Plague in India, 1896, 1897 - Volume 2
Year: 1896
Disease focus: Plague
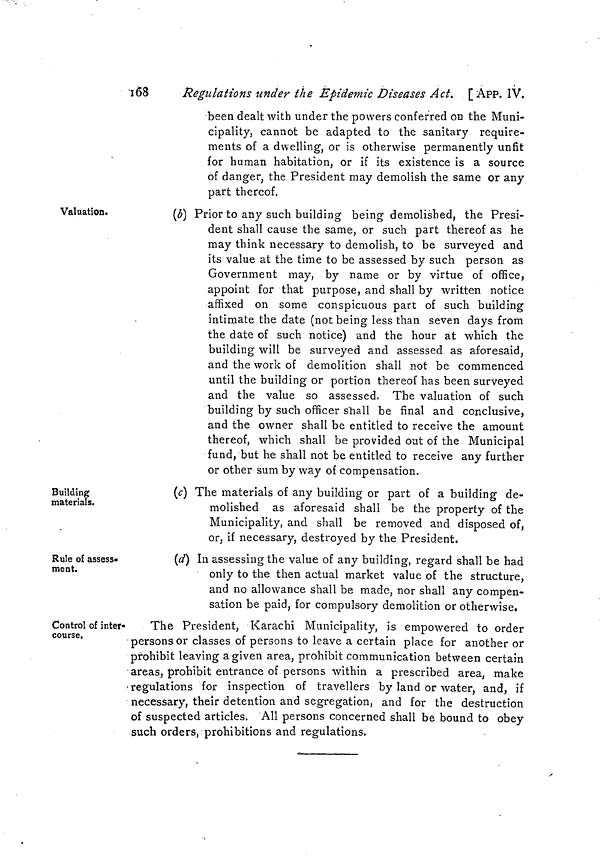
168
Regulations under the Epidemic Diseases Act. [ APP. IV.
been dealt with under the powers conferred on the Muni-
cipality, cannot be adapted to the sanitary require-
ments of a dwelling, or is otherwise permanently unfit
for human habitation, or if its existence is a source
of danger, the President may demolish the same or any
part thereof.
Valuation.
(b) Prior to any such building being demolished, the Presi-
dent shall cause the same, or such part thereof as he
may think necessary to demolish, to be surveyed and
its value at the time to be assessed by such person as
Government may, by name or by virtue of office,
appoint for that purpose, and shall by written notice
affixed on some conspicuous part of such building
intimate the date (not being less than seven days from
the date of such notice) and the hour at which the
building will be surveyed and assessed as aforesaid,
and the work of demolition shall not be commenced
until the building or portion thereof has been surveyed
and the value so assessed. The valuation of such
building by such officer shall be final and conclusive,
and the owner shall be entitled to receive the amount
thereof, which shall be provided out of the Municipal
fund, but he shall not be entitled to receive any further
or other sum by way of compensation.
Building
materials.
(c) The materials of any building or part of a building de-
molished as aforesaid shall be the property of the
Municipality, and shall be removed and disposed of,
or, if necessary, destroyed by the President.
Rule of assess-
ment.
(d) In assessing the value of any building, regard shall be had
only to the then actual market value of the structure,
and no allowance shall be made, nor shall any compen-
sation be paid, for compulsory demolition or otherwise.
Control of inter-
course.
The President, Karachi Municipality, is empowered to order
persons or classes of persons to leave a certain place for another or
prohibit leaving a given area, prohibit communication between certain
areas, prohibit entrance of persons within a prescribed area, make
regulations for inspection of travellers by land or water, and, if
necessary, their detention and segregation, and for the destruction
of suspected articles. All persons concerned shall be bound to obey
such orders, prohibitions and regulations.